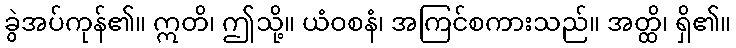
ခွဲအပ်ကုန်၏။ ဣတိ၊ ဤသို့။ ယံဝစနံ၊ အကြင်စကားသည်။ အတ္ထိ၊ ရှိ၏။